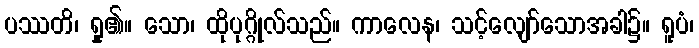
ပဿတိ၊ ရှု၏။ သော၊ ထိုပုဂ္ဂိုလ်သည်။ ကာလေန၊ သင့်လျော်သောအခါ၌။ ရူပံ၊